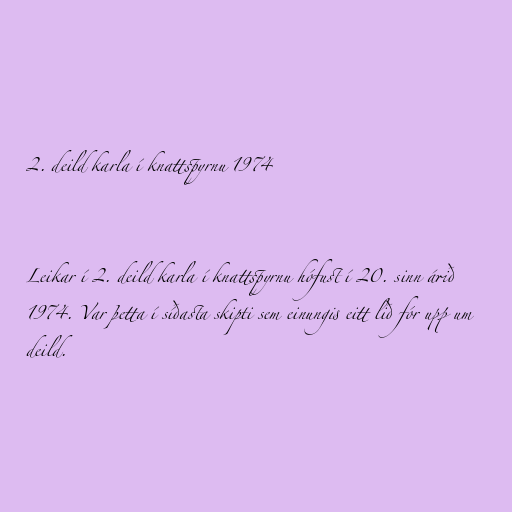
2. deild karla í knattspyrnu 1974

Leikar í 2. deild karla í knattspyrnu hófust í 20. sinn árið
1974. Var þetta í síðasta skipti sem einungis eitt lið fór upp um
deild.